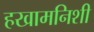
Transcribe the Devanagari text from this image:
हखामनिशी